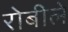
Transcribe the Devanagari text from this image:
रोबीले